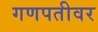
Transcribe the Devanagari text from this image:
गणपतीवर